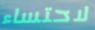
لاحتساء